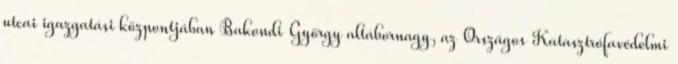
utcai igazgatási központjában Bakondi György altábornagy, az Országos Katasztrófavédelmi